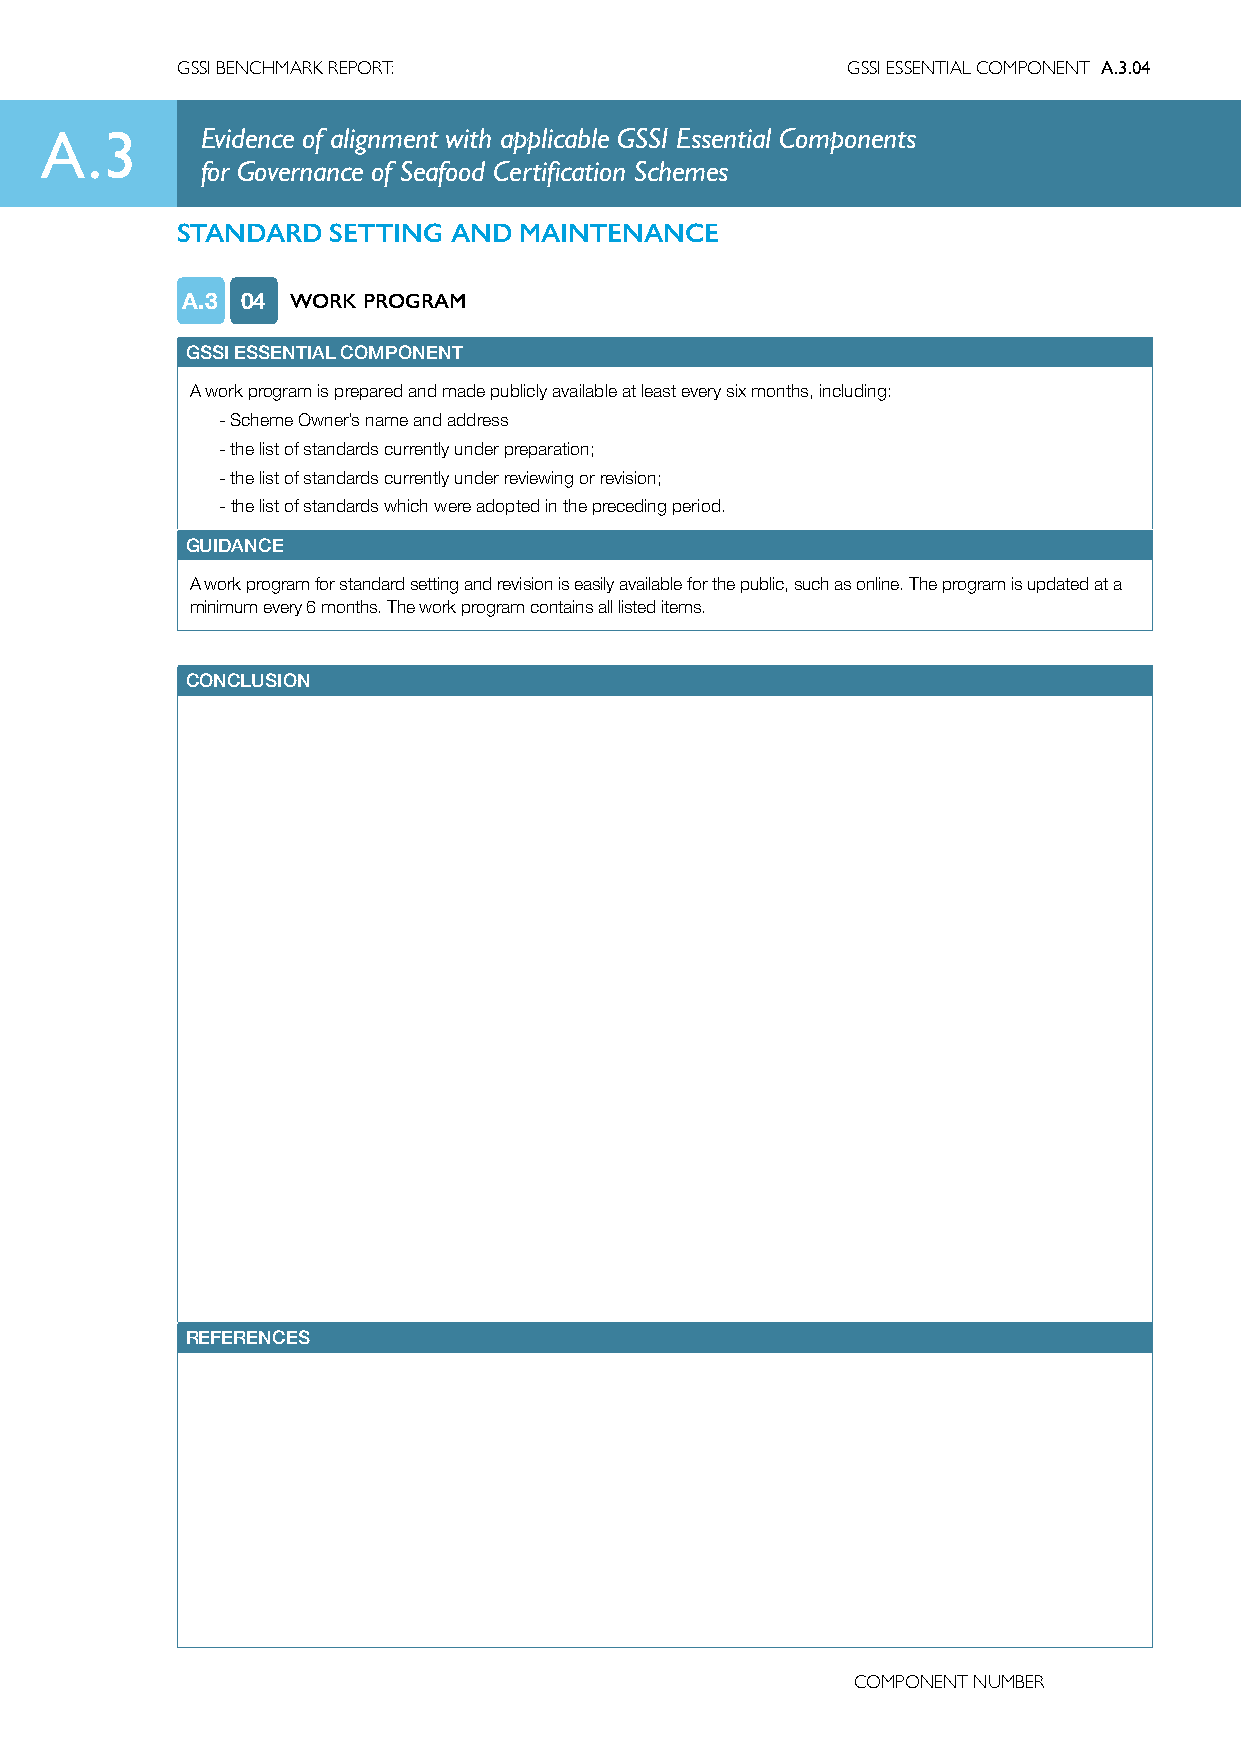
GSSI BENCHMARK REPORT:                      GSSI ESSENTIAL COMPONENT A.3.04
 A.3       Evidence of alignment with applicable GSSI Essential Components
 for Governance of Seafood Certification Schemes
 STANDARD  SETTING AND MAINTENANCE
 A.3 04 WORK PROGRAM
 GSSI ESSENTIAL COMPONENT
 A work program is prepared and made publicly available at least every six months, including:
 -Scheme Owner’s name and address
 -the list of standards currently under preparation;
 -the list of standards currently under reviewing or revision;
 - the list of standards which were adopted in the preceding period.
 GUIDANCE
 A work program for standard setting and revision is easily available for the public, such as online. The program is updated at a
 minimum every 6 months. The work program contains all listed items.
 CONCLUSION
 REFERENCES
 COMPONENT NUMBER